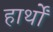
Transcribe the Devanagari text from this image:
हार्थों